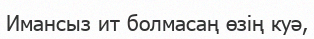
Имансыз ит болмасаң өзің куә,